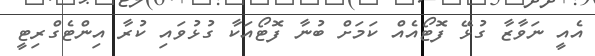
އެއީ ނަވާޒާ ގުޅޭ ފޮޓޯއެއް ކަމަށް ބުނާ ފޮޓޯއަކާ ގުޅުވައި ކުރާ އިންޓެގްރިޓީ